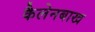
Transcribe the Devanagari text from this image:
कैलेनबाख